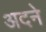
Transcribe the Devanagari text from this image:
अदने